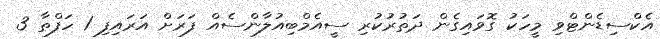
އެކްސިޑެންޓްވި މީހަކު ގޮވައިގެން ދަތުރުކުރި ސީއެމްބިއުލާންސެއް ފަރަށް އަރައިފި 1 ހަފްތާ 3